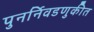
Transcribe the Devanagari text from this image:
पुनर्निवडणुकीत